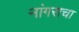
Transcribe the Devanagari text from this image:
नांगराचा